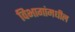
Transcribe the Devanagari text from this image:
विभागांमधील